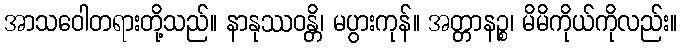
အာသဝေါတရားတို့သည်။ နာနုဿဝန္တိ၊ မပွားကုန်။ အတ္တာနဉ္စ၊ မိမိကိုယ်ကိုလည်း။